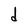
Character: d